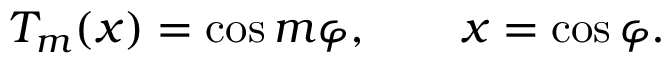
T _ { m } ( x ) = \cos m \varphi , \qquad x = \cos \varphi .